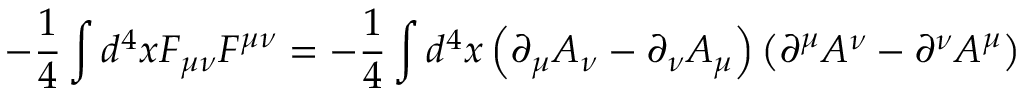
- { \frac { 1 } { 4 } } \int d ^ { 4 } x F _ { \mu \nu } F ^ { \mu \nu } = - { \frac { 1 } { 4 } } \int d ^ { 4 } x \left( \partial _ { \mu } A _ { \nu } - \partial _ { \nu } A _ { \mu } \right) \left( \partial ^ { \mu } A ^ { \nu } - \partial ^ { \nu } A ^ { \mu } \right)